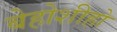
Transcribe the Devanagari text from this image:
बेहोशीहो